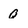
Character: O